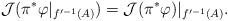
LaTeX: \begin{align*}\mathcal J( \pi^*\varphi|_{f'^{-1}(A)})=\mathcal J(\pi^*\varphi)|_{f'^{-1}(A)}. \end{align*}